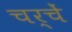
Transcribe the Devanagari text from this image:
चर्चें